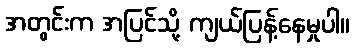
အတွင်းက အပြင်သို့ ကျယ်ပြန့်နေမှုပါ။